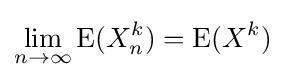
\lim _{n\to \infty }\operatorname {E} (X_{n}^{k})=\operatorname {E} (X^{k})